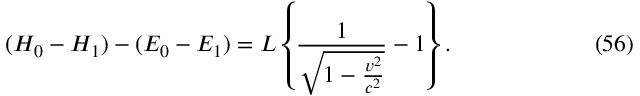
( H _ { 0 } - H _ { 1 } ) - ( E _ { 0 } - E _ { 1 } ) = L \left\{ \frac { 1 } { \sqrt { 1 - \frac { v ^ { 2 } } { c ^ { 2 } } } } - 1 \right\} . \eqno ( 5 6 )